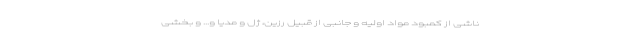
ناشی از کمبود مواد اولیه و جانبی از قبیل رزین، ژل و مدیا و... و بخشی